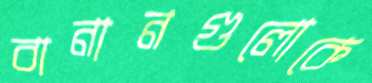
বানানগুলোকে